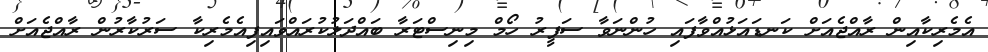
އެމެރިކާއިން ރާއްޖެއަށް ކަނޑައަޅުއްވާފައި ހުންނަވާ ސަފީރު ހޯމް މިނިސްޓަރާ ބައްދަލުކުރައްވައިފިއެމެރިކާ ސަރުކާރުން ރާއްޖެއަށް